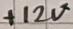
Text: +12V